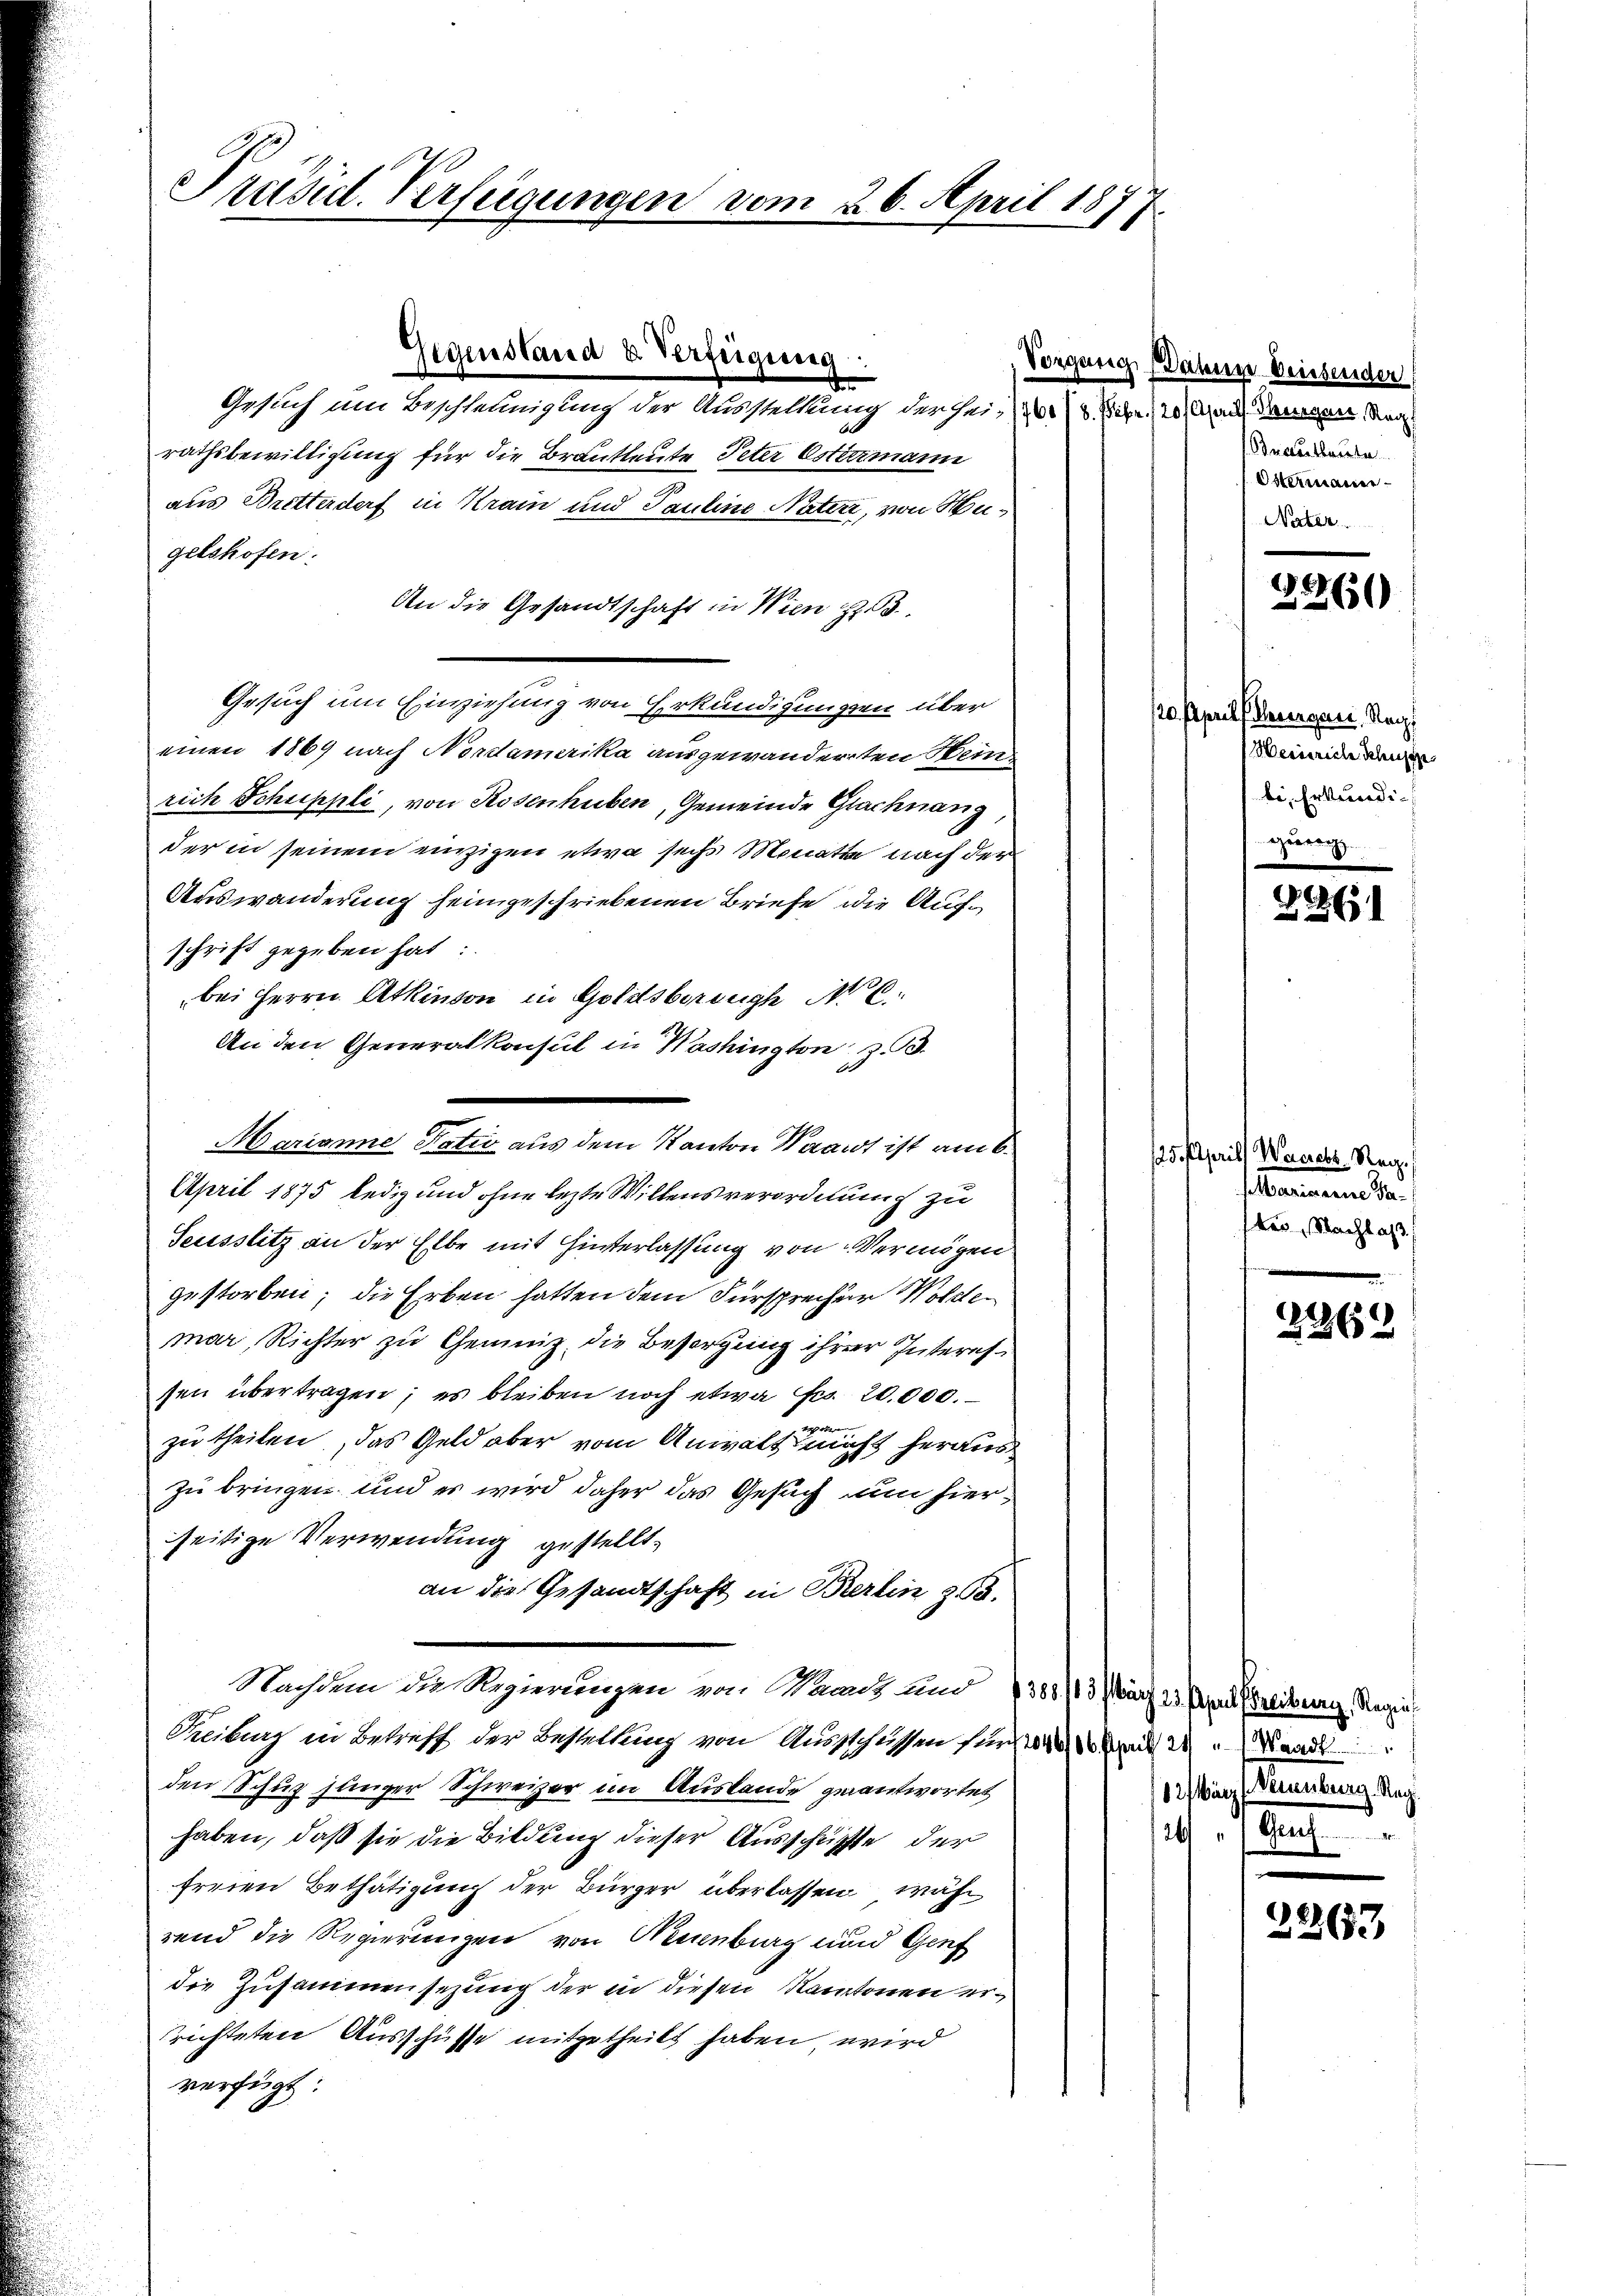
Präsid. Verfeigungen vom 26. April 1877.

Gegenstand u Verfügung:

Gesuch um Beschleunigung der Ausstellung der sei. Die 20 Man dangen den
rathsbewilligung für die Brautleute Peter Estermann
aus Bretterdorf in Krain und Pauline Nateri, von Hugetshofen.
An die Gesandtschaft in Wien z. B.
Gesuch um Einziehung von Erkundigungen über
einen 1869 nach Nordamerika ausgewanderten Heinrich Schuppli, von Rosenhuben, Gemeinde Gachnang
der in seinem einzigen etwa sechs Monate nach der
Auswanderung heimgeschriebenen Briefe die Aufschrift gegeben hat:
bei Herrn Atkinson in Goldsbering No 6.
An den Generalkonsul in Washington z. B.
Marianne Natio aus dem Kanton Waart ist am 6.
April 1875 ledig und ohne lezte Willensverordnung zu
Secessitz an der Elbe mit Hinterlassung von Vermögen
gestorben; die Erben hatten dem Fürsprecher Woltemar, Richter zu Gemeiz die Besorgung ihrer Insteressen übertragen; es bleiben noch etwa Fr. 20,000.
ober
zu theilen, das Geld aber vom Anwalt nicht heraus
zu bringen und es wird daher das Gesuch um hierseitige Verwendung gestellt.
an die Gesandtschaft in Berlin 23.
Nachdem die Regierungen von Manns und 1388/13 März 23. April (Freiburg, Regie¬
Treiburg in Betreff der Bestellung von Ausschüssen für die Bau du Lande
den Schuz junger Schweizer im Auslande geantwortet
haben, daß sie die Bildung dieser Ausschüpfte der
freien Bethätigung der Bürger überlassen währ
rend die Regierungen von Neuenburg und Genf
die Zusammensezung der in diesen Kantonen errichteten Ausschüsse mitgetheilt haben, wird
verfügt:

Vorgang Dahme beisender
Brautleute
Ostermanne
Nater

120. Aprill Meterques. Nach
Heinrich Schuste
bi, Erkundi-
ehrerenzz

536)
2

2 ärzf Vernenberg. Regi
10. Jan

1861

25. April Werner Reg.
elbaren Sa
tr, Nachlaß

2262

22263